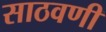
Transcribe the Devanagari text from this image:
साठवणी